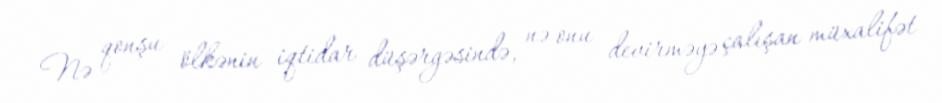
Nə qonşu ölkənin iqtidar düşərgəsində, nə onu devirməyə çalışan müxalifət